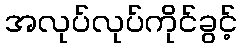
အလုပ်လုပ်ကိုင်ခွင့်